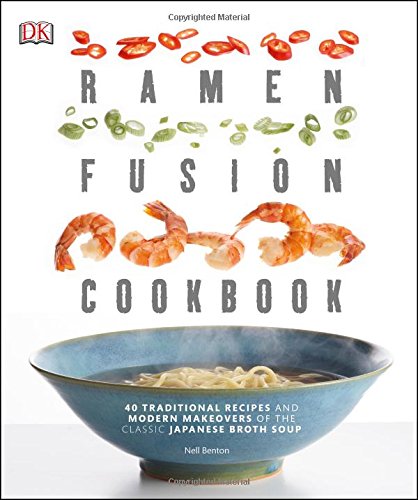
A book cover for Ramen Fusion Cookbook; Nell Benton; Cookbooks, Food & Wine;